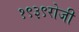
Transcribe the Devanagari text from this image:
१९३९रोजी